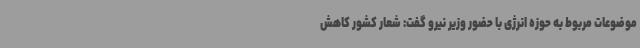
موضوعات مربوط به حوزه انرژی با حضور وزیر نیرو گفت: شعار کشور کاهش